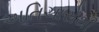
અતિચારોથી